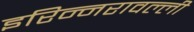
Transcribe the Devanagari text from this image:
इरिन्नरावल्ली